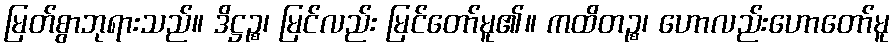
မြတ်စွာဘုရားသည်။ ဒိဋ္ဌဉ္စ၊ မြင်လည်း မြင်တော်မူ၏။ ကထိတဉ္စ၊ ဟောလည်းဟောတော်မူ